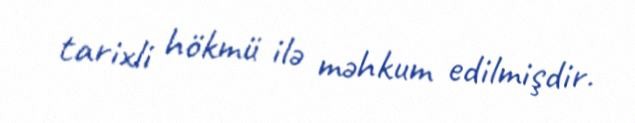
tarixli hökmü ilə məhkum edilmişdir.